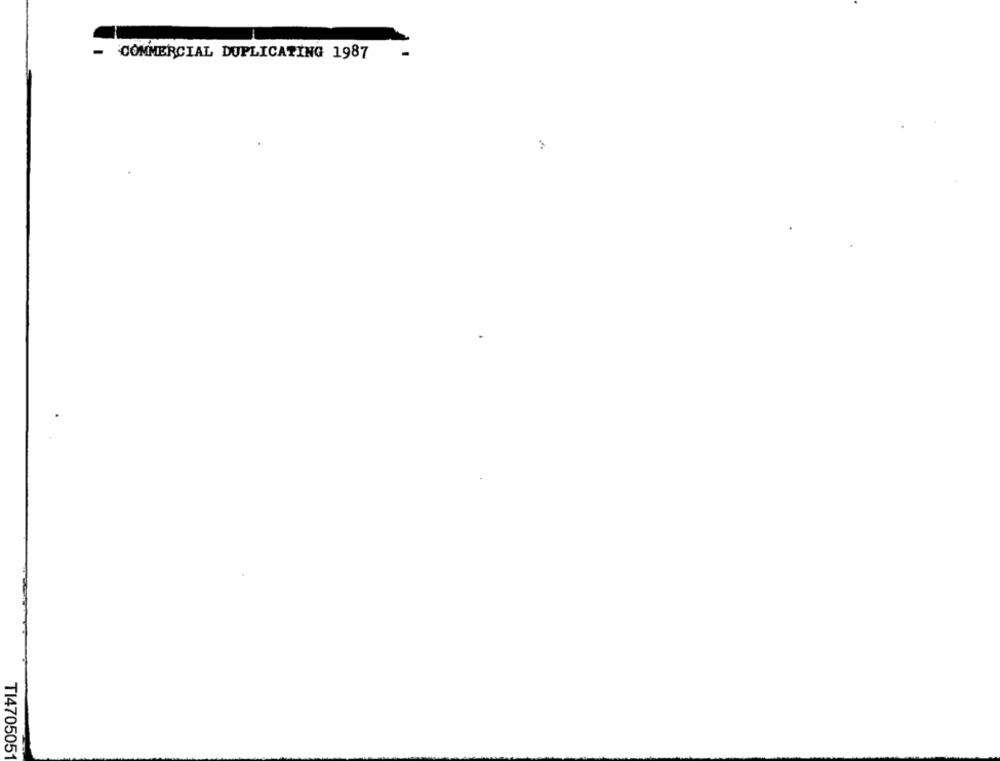
-
COMMERCIAL DUPLICATING 1987
3
TI4705051